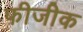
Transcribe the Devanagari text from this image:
फीजीक